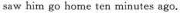
saw him go home ten rninutes ago.